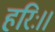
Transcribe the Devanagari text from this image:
हरिः।।